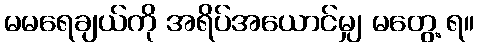
မမရေချယ်ကို အရိပ်အယောင်မျှ မတွေ့ ရ။